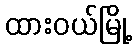
ထားဝယ်မြို့